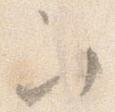
次